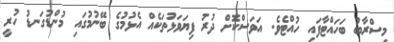
މިސްރާބު ބަހައްޓާފައި ހުއްޓެވެ. އަވަސްކޮށް ދުރު ފިޔަވަޅުތަކެއް އެޅުމުގެ ބޭނުމުގައި މުންޑުގަނޑު ހުރީ